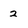
Character: 2